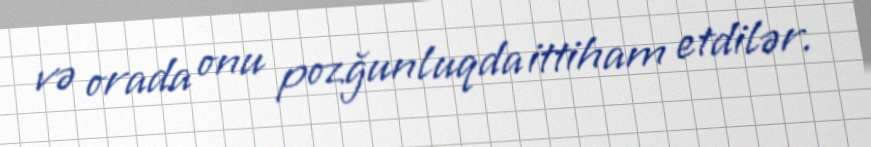
və orada onu pozğunluqda ittiham etdilər.